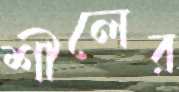
শীলের